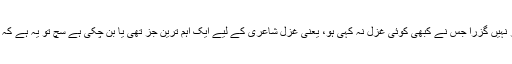
بلا خوف و تشکیک کہا جا سکتا ہے کہ اردو شاعری میں کوئی ایک بھی ایسا شاعر نہیں گزرا جس نے کبھی کوئی غزل نہ کہی ہو، یعنی غزل شاعری کے لیے ایک اہم ترین جز تھی یا بن چکی ہے سچ تو یہ ہے کہ غزل کے بغیر شاعری کا تصور کچھ عجیب سا بلکہ بے معنی ہو کر رہ جاتا ہے ۔